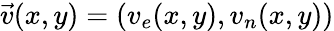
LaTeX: \vec{v}(x,y)=(v_{e}(x,y),v_{n}(x,y))